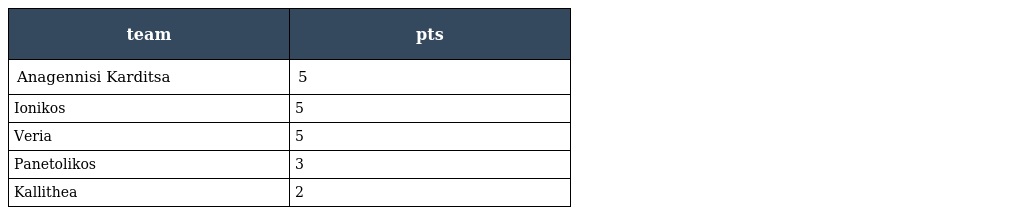
| team | pts |
 | --- | --- |
 | Anagennisi Karditsa | 5 |
 | Ionikos | 5 |
 | Veria | 5 |
 | Panetolikos | 3 |
 | Kallithea | 2 |